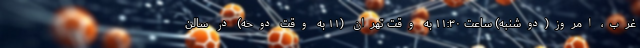
غرب، امروز(دوشنبه) ساعت ۱۱:۳۰ به وقت تهران (۱۱ به وقت دوحه) در سالن